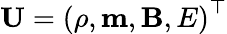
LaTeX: \mathbf{U}=\left(\rho,\mathbf{m},\mathbf{B},E\right)^{\top}